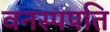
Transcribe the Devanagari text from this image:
वनस्पपति